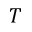
T